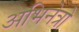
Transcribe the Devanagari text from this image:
अभिनेत्रो